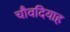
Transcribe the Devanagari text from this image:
चौवदियाह